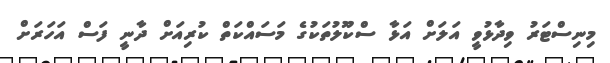
މިނިސްޓަރު ވިދާޅުވީ އަލަށް އަޅާ ސްކޫލުތަކުގެ މަސައްކަތް ކުރިއަށް ދާނީ ފަސް އަހަރަށް